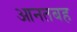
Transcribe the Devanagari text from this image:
आनतबह